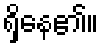
ရှိနေ၏။